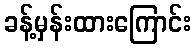
ခန့်မှန်းထားကြောင်း